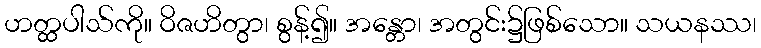
ဟတ္ထပါသ်ကို။ ဝိဇဟိတွာ၊ စွန့်၍။ အန္တော၊ အတွင်း၌ဖြစ်သော။ သယနဿ၊